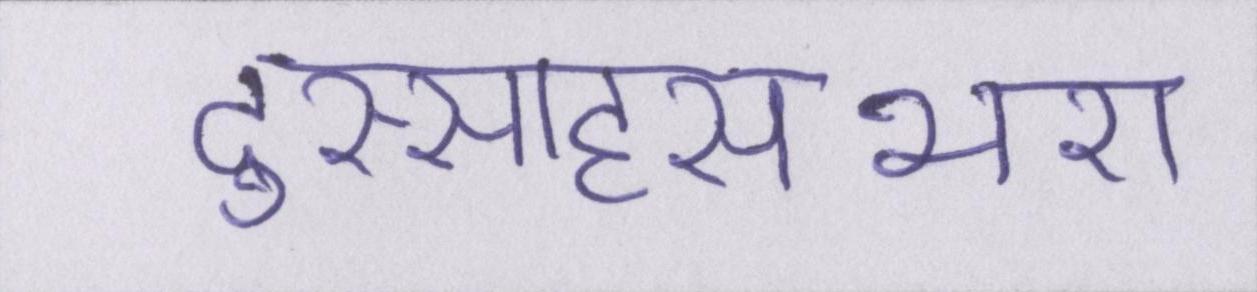
दुस्साहसभरा